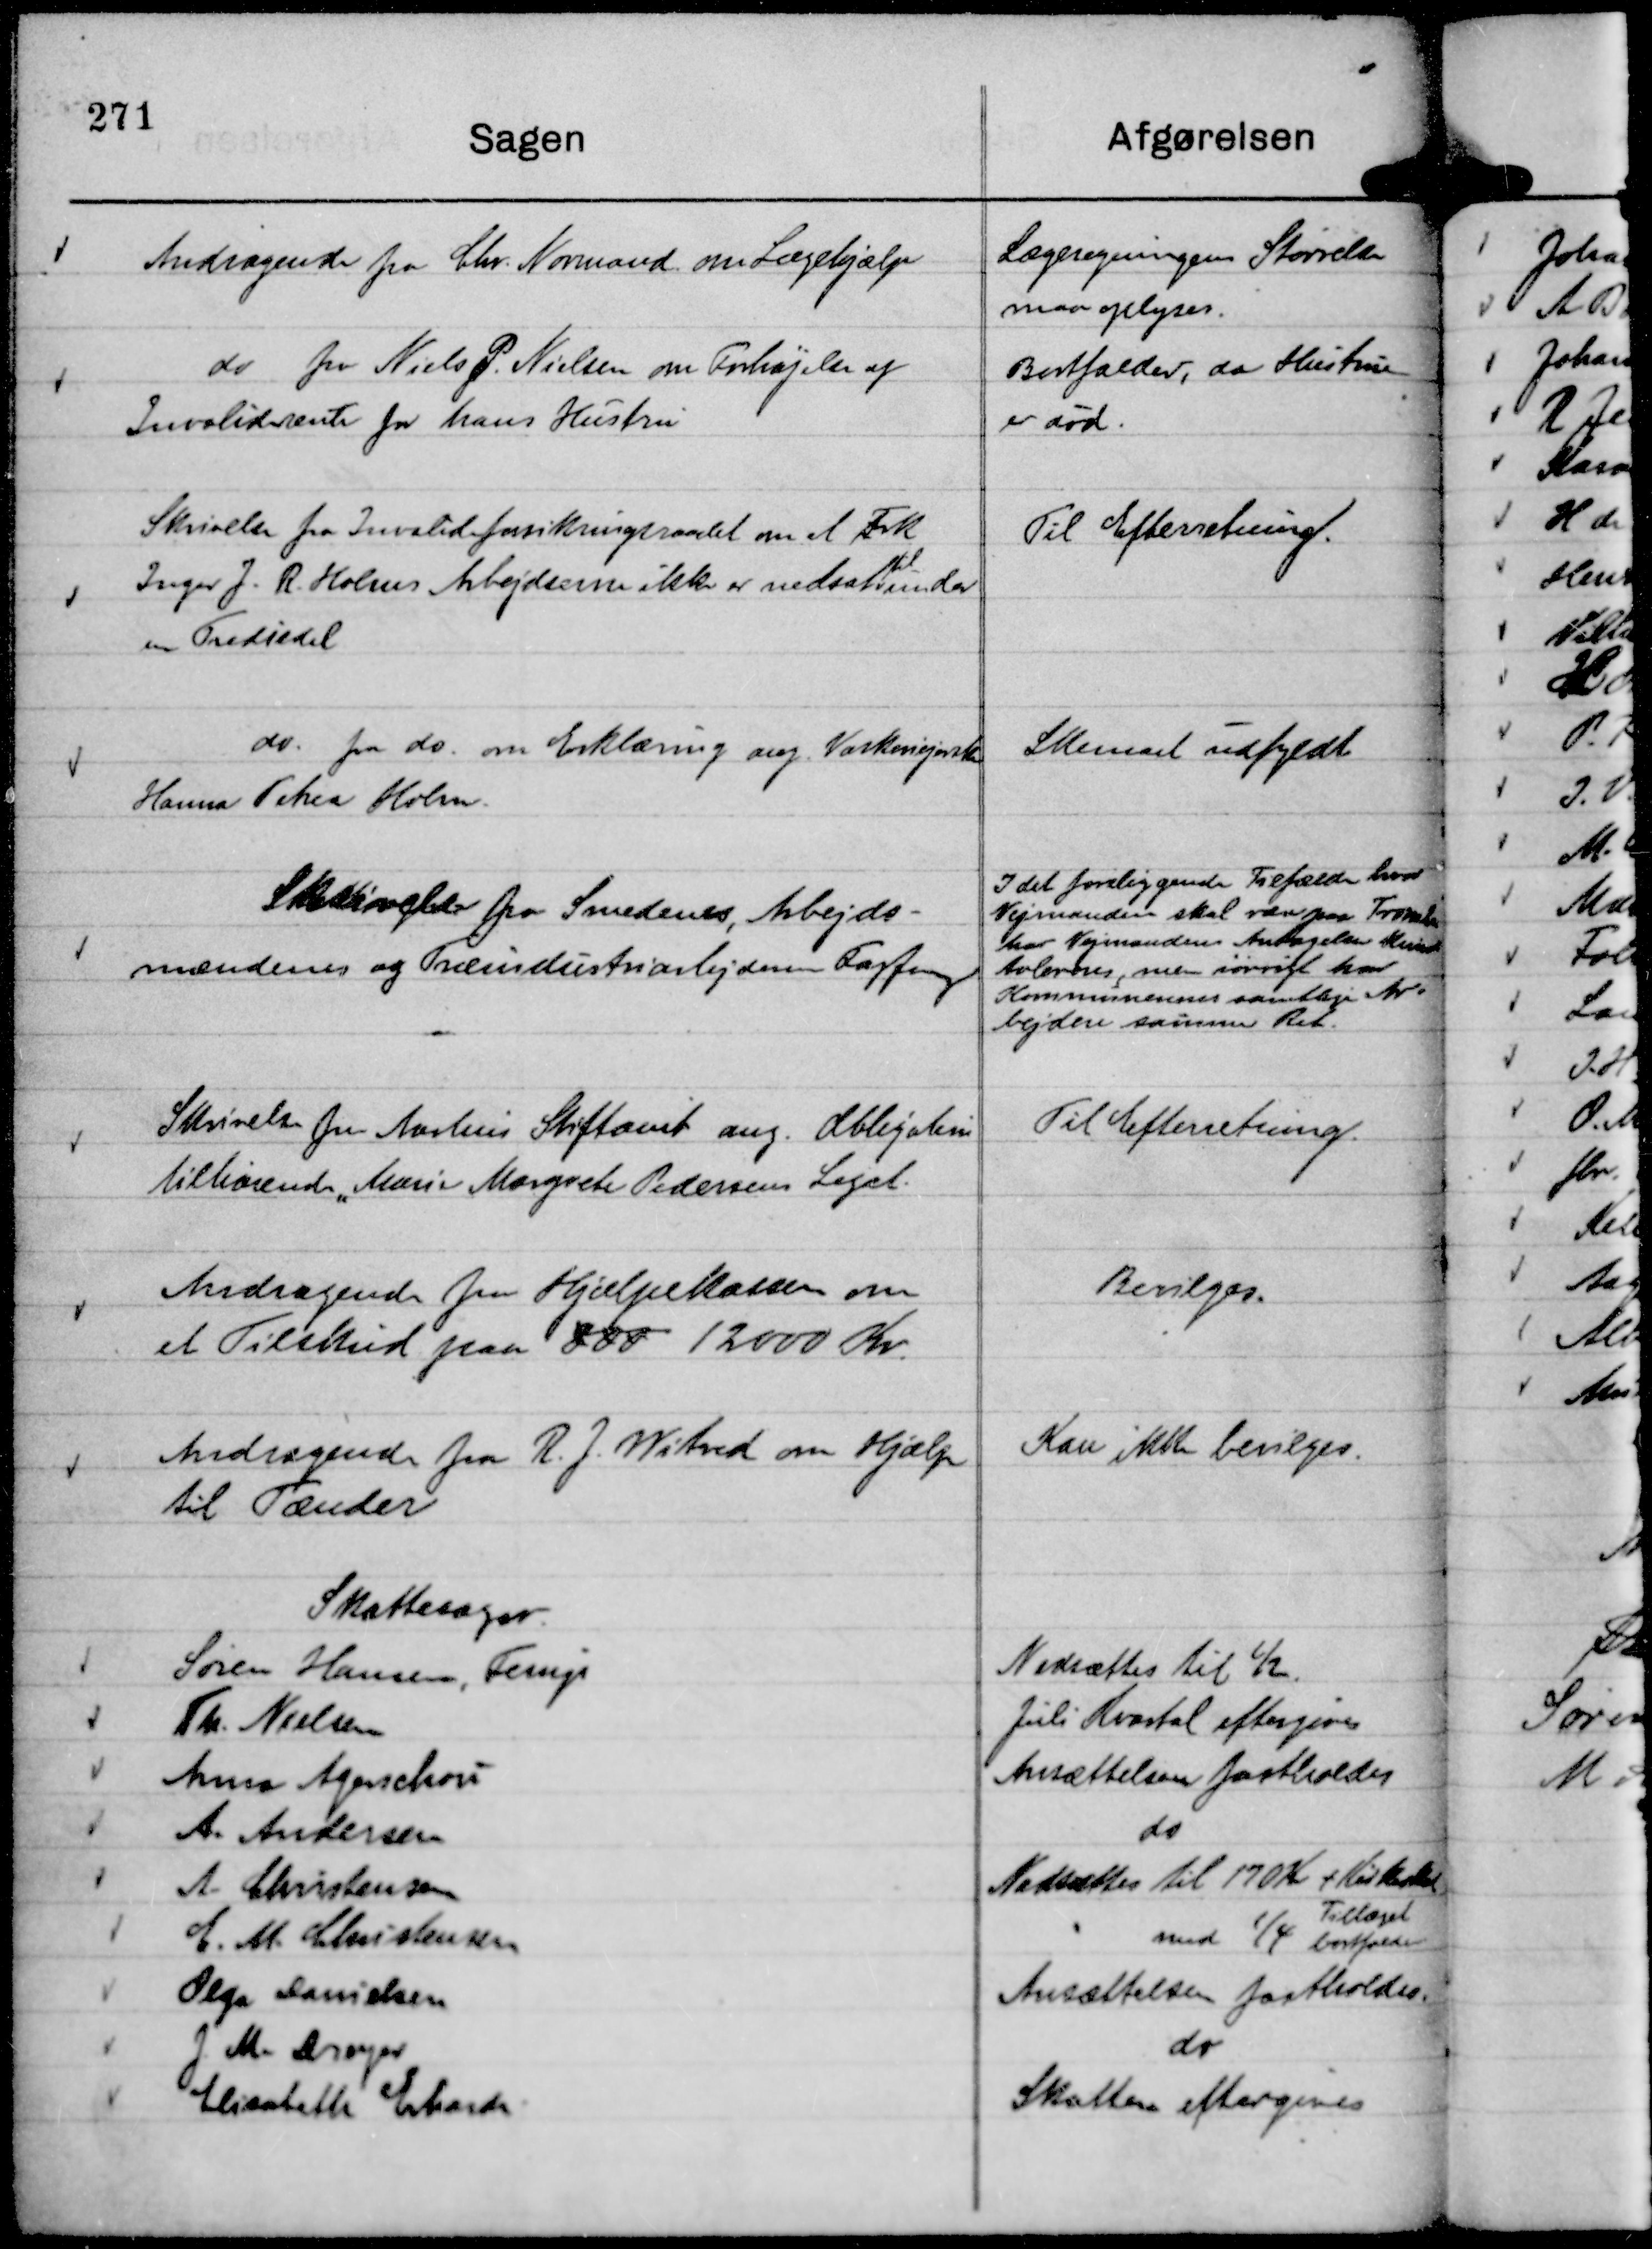
Transskription:
Andragende fra Chr. Normand om Lægehjælp

Lægeregningens Størrelse
maa oplyses.

do fra Niels P. Nielsen om Forhøjelse af
Invaliderente for hans Hustru

Bortfalder, da Hustruen
er død.

Skrivelse fra Invalideforsikringsraadet om at Frk
Inger J. R. Holms Arbejdsevne ikke er nedsat
til
under
en Trediedel

Til Efterretning.

do. fra do. om Erklæring ang. Vaskeriejerske
Hanna Petrea Holm.

Skemaet udfyldt

Skrivelse fra Smedenes, Arbejds-
mændenes og Træindustriarbejdernes Fagforening

I det foreliggende Tilfælde hvor
Vejmanden skal være paa Tromlen
har Vejmandens anskaffelser kunde
tolereres, men iøvrigt har
Kommunernes samtlige Ar-
bejdere samme Ret.

Skrivelse fra Aarhus Stiftamt ang. Obligation
tilhørende " Marie Margrete Pedersens Legat.

Til Efterretning.

Andragende fra Hjælpekassen om
et Tilskud paa 800 12000 Kr.

Bevilges.

Andragende fra R. J. Witved om Hjælp
til Tænder

Kan ikke bevilges.